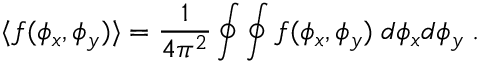
\langle f ( \phi _ { x } , \phi _ { y } ) \rangle = \frac { 1 } { 4 \pi ^ { 2 } } \oint \oint f ( \phi _ { x } , \phi _ { y } ) \; d \phi _ { x } d \phi _ { y } \; .